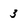
Character: 3